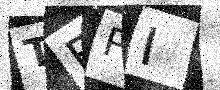
Text: TEPI